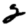
Digit: 2